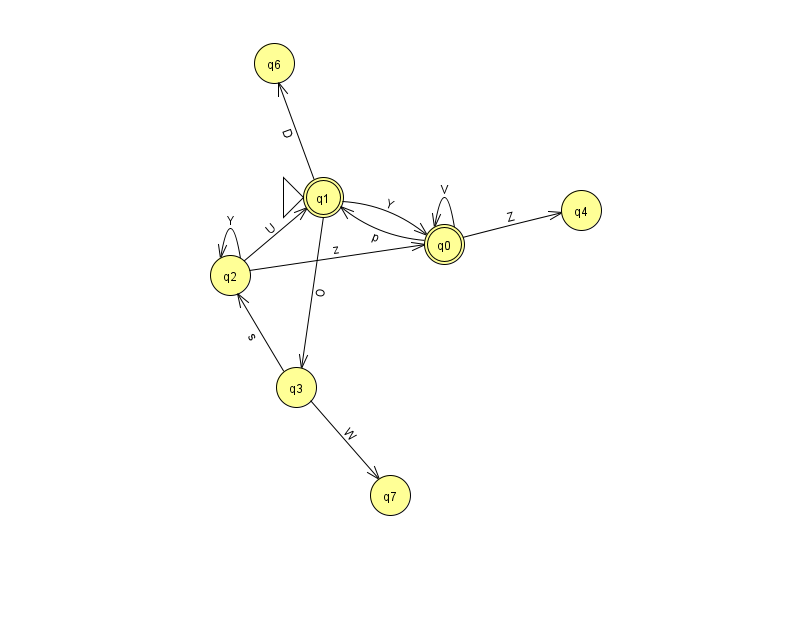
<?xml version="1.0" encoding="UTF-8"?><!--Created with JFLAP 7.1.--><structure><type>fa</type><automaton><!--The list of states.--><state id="0" name="q0"><x>444.0</x><y>231.0</y><final/></state><state id="1" name="q1"><x>323.0</x><y>184.0</y><initial/><final/></state><state id="2" name="q2"><x>230.0</x><y>262.0</y></state><state id="3" name="q3"><x>296.0</x><y>374.0</y></state><state id="4" name="q4"><x>581.0</x><y>197.0</y></state><state id="6" name="q6"><x>274.0</x><y>50.0</y></state><state id="7" name="q7"><x>390.0</x><y>482.0</y></state><!--The list of transitions.--><transition><from>2</from><to>1</to><read>U</read></transition><transition><from>1</from><to>3</to><read>O</read></transition><transition><from>3</from><to>7</to><read>W</read></transition><transition><from>0</from><to>0</to><read>V</read></transition><transition><from>0</from><to>1</to><read>p</read></transition><transition><from>2</from><to>0</to><read>z</read></transition><transition><from>2</from><to>2</to><read>Y</read></transition><transition><from>0</from><to>4</to><read>Z</read></transition><transition><from>3</from><to>2</to><read>s</read></transition><transition><from>1</from><to>6</to><read>D</read></transition><transition><from>1</from><to>0</to><read>Y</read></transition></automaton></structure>